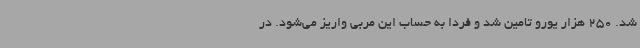
شد. 250 هزار یورو تامین شد و فردا به حساب این مربی واریز می‌شود. در